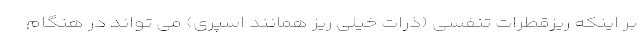
بر اینکه ریزقطرات تنفسی (ذرات خیلی ریز همانند اسپری) می تواند در هنگام